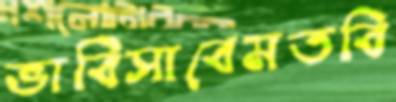
ভাবিসাবেমতবি